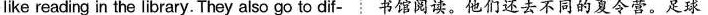
like reading in the library. They also go to dif-书馆阅读.他们还去不同的夏令营.足球